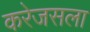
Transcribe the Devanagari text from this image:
करेजसला